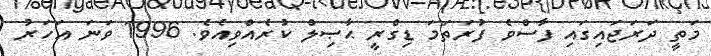
މަތީ ދަރަޖައިގައި ފާސްވެ ފުރަތަމަ ޑިގްރީ ޙާޞިލް ކުރެއްވިއެވެ. 1996 ވަނަ އަހަރު